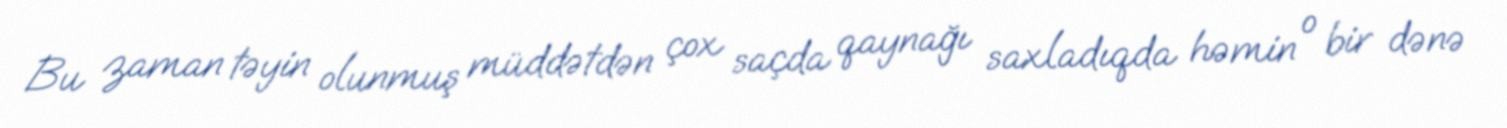
Bu zaman təyin olunmuş müddətdən çox saçda qaynağı saxladıqda həmin o bir dənə